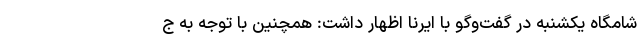
شامگاه یکشنبه در گفت‌وگو با ایرنا اظهار داشت: همچنین با توجه به ج